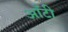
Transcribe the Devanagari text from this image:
आँटी